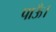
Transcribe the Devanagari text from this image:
पाऊँ।